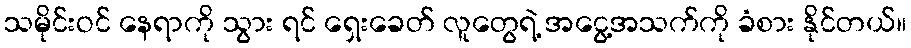
သမိုင်းဝင် နေရာကို သွား ရင် ရှေးခေတ် လူတွေရဲ့ အငွေ့အသက်ကို ခံစား နိုင်တယ်။